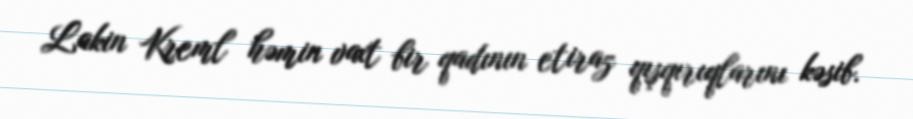
Lakin Kreml həmin vaxt bir qadının etiraz qışqırıqlarını kəsib.